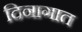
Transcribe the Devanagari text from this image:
दिनागात